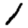
Digit: 1